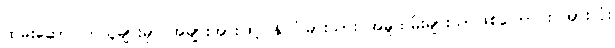
ထမ်းဆောင်ကြသူများမှာ အများအားဖြင့် နိုင်ငံခြားသား အမှုထမ်းများသာဖြစ်ကြောင်း အားလုံး